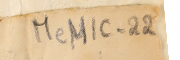
MeM1C-22